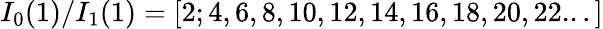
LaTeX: I_{0}(1)/I_{1}(1)=[2;4,6,8,10,12,14,16,18,20,22...]